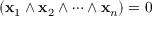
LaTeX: ( \mathbf { x } _ { 1 } \wedge \mathbf { x } _ { 2 } \wedge \cdots \wedge \mathbf { x } _ { n } ) = 0